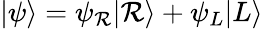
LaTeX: |\psi\rangle=\psi_{\mathcal{R}}|\mathcal{R}\rangle+\psi_{L}|L\rangle